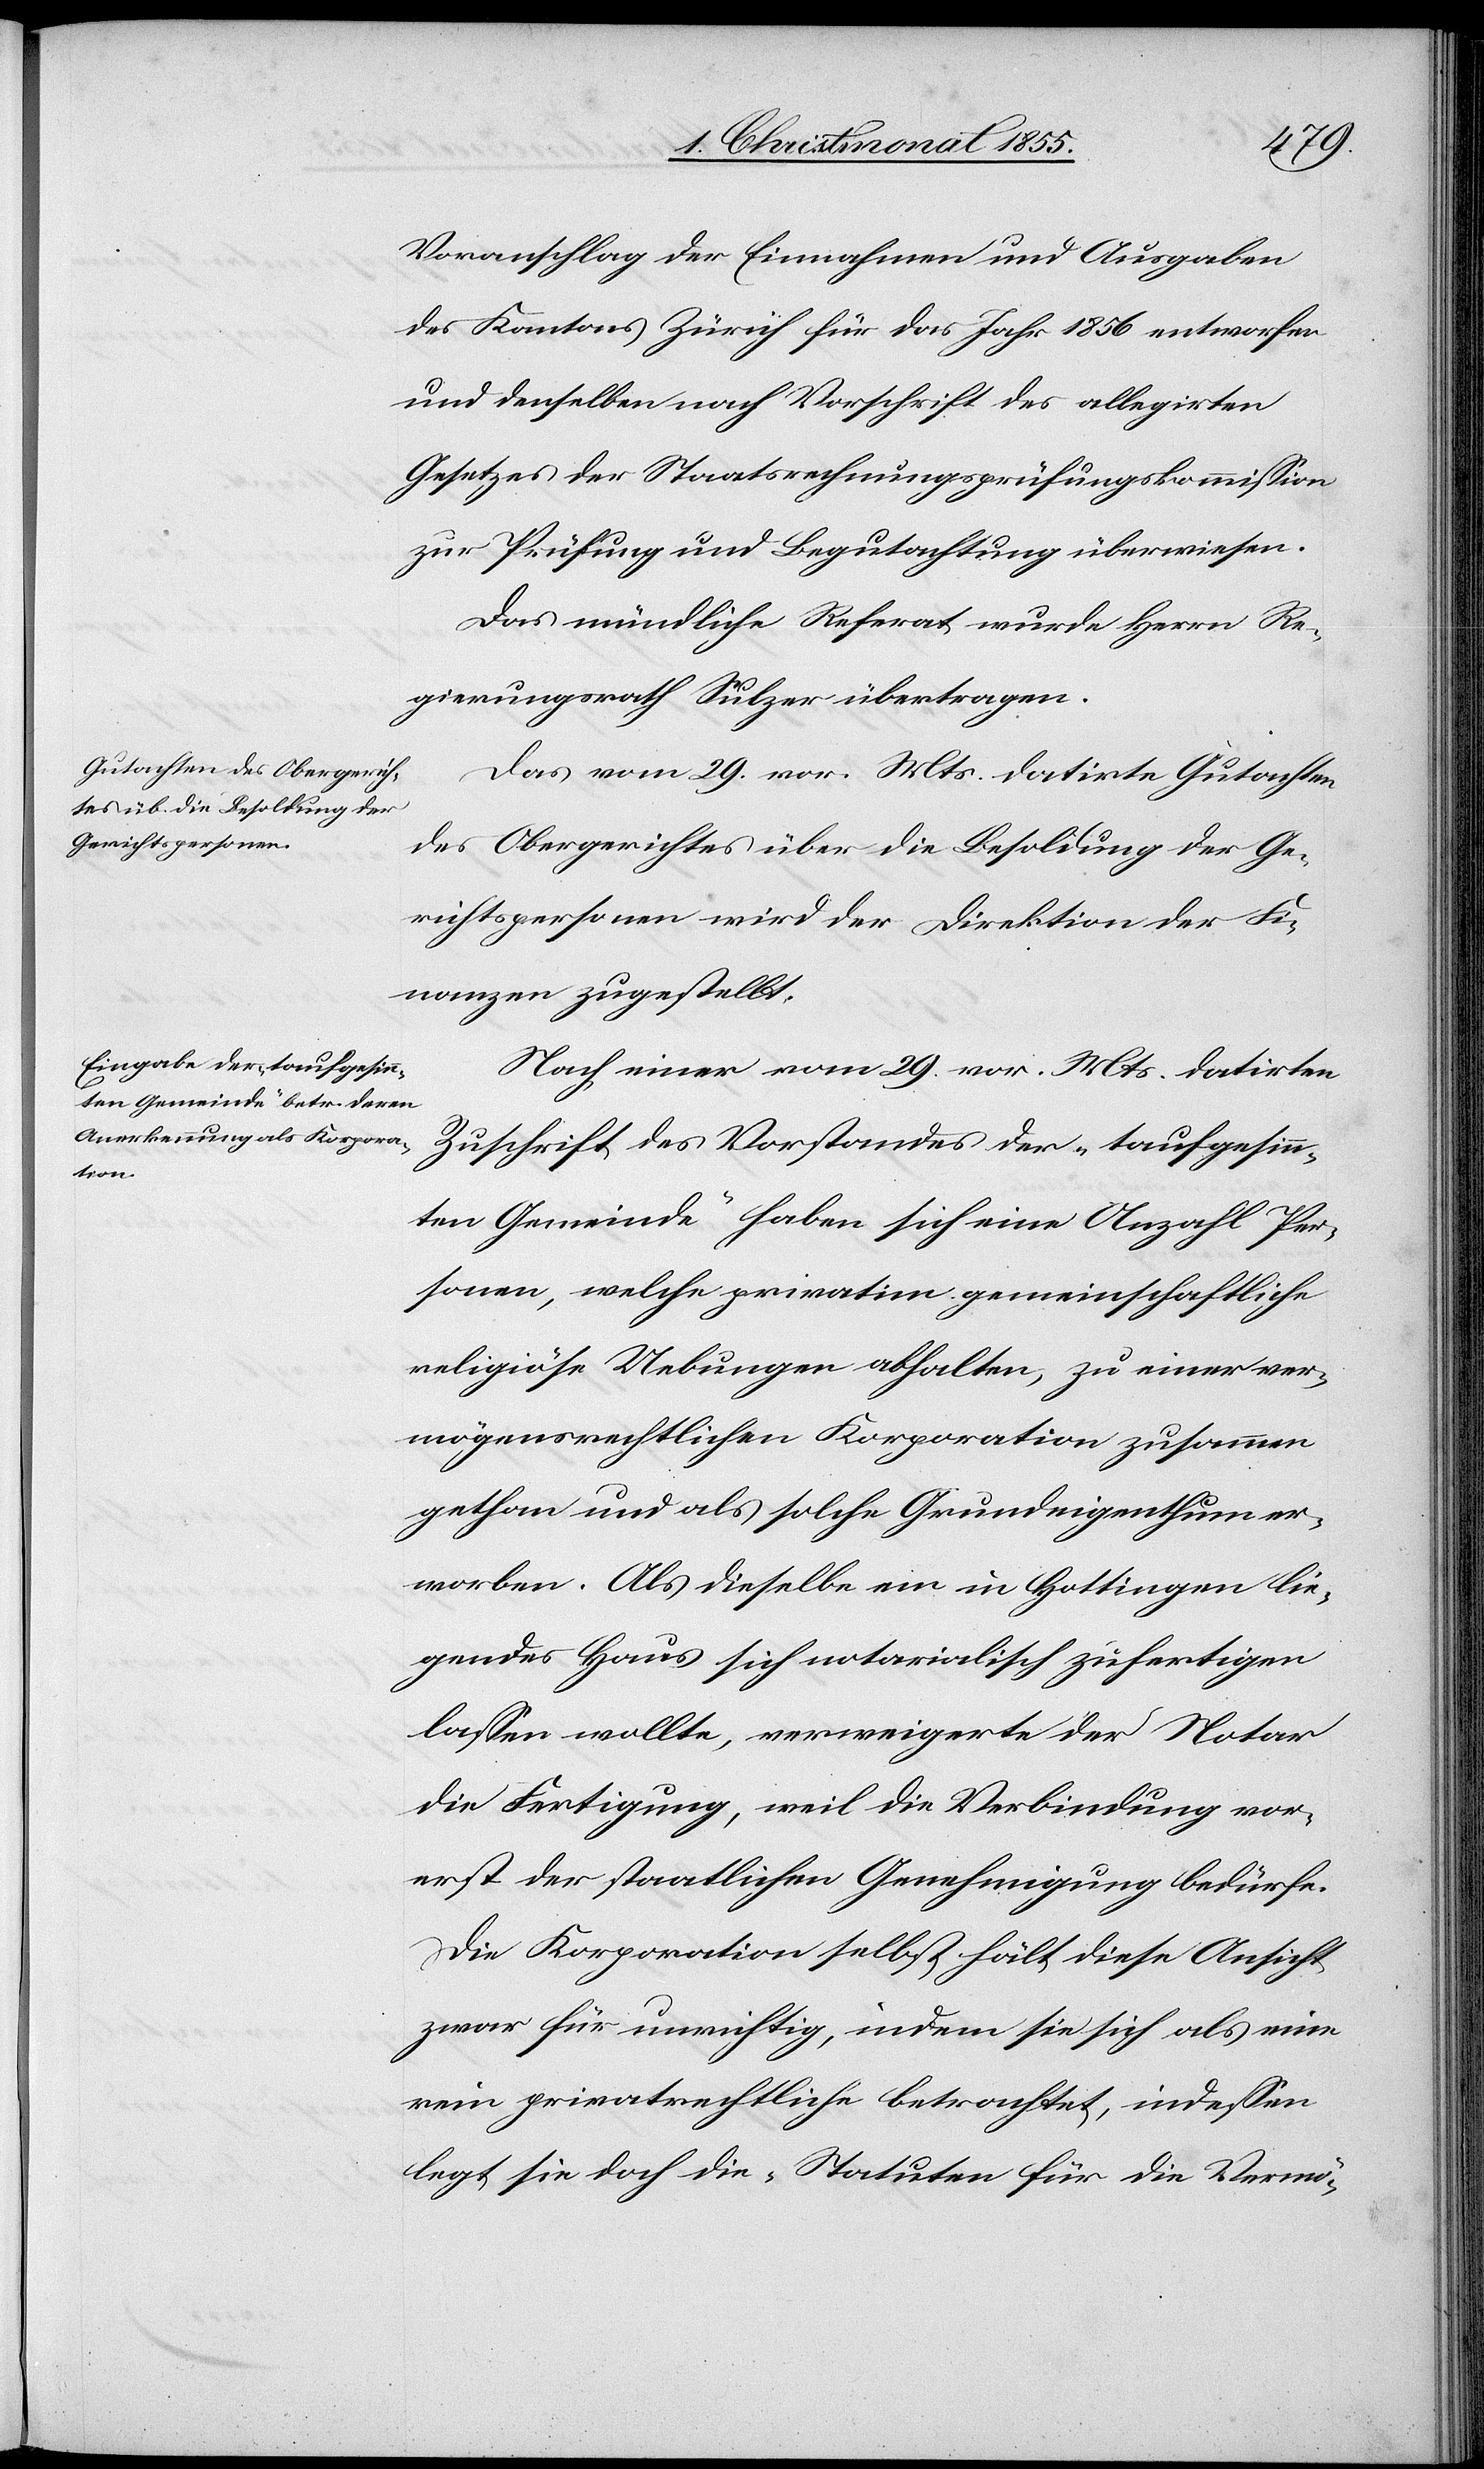
Voranschlag der Einnahmen und Ausgaben
des Kantons Zürich für das Jahr 1856 entworfen
und denselben nach Vorschrift des allegirten
Gesetzes der Staatsrechnungsprüfungskommission
zur Prüfung und Begutachtung überwiesen.
Das mündliche Referat wurde Herrn Re¬
gierungsrath Sulzer übertragen.
Das vom 29. vor. Mts. datirte Gutachten
des Obergerichtes über die Besoldung der Ge¬
richtspersonen wird der Direktion der Fi¬
nanzen zugestellt.
Nach einer vom 29. vor. Mts. datirten
Zuschrift des Vorstandes der „taufgesin¬
nten Gemeinde“ haben sich eine Anzahl Per¬
sonen, welche privatim gemeinschaftliche
religiöse Uebungen abhalten, zu einer ver¬
mögensrechtlichen Korporation zusammen
gethan und als solche Grundeigenthum er¬
worben. Als dieselbe ein in Hottingen lie¬
gendes Haus sich notarialisch zufertigen
lassen wollte, verweigerte der Notar
die Fertigung, weil die Verbindung vor¬
erst der staatlichen Genehmigung bedürfe.
Die Korporation selbst hält diese Ansicht
zwar für unrichtig, indem sie sich als eine
rein privatrechtliche betrachtet, indessen
legt sie doch die „Statuten für die Vermö-